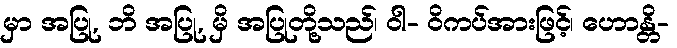
မှာ အပြု, ဘိ အပြု, မှိ အပြုတို့သည်၊ ဝါ- ဝိကပ်အားဖြင့်၊ ဟောန္တိ-